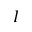
I